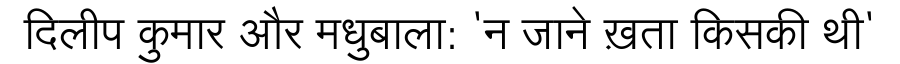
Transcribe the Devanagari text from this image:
दिलीप कुमार और मधुबाला: 'न जाने ख़ता किसकी थी'